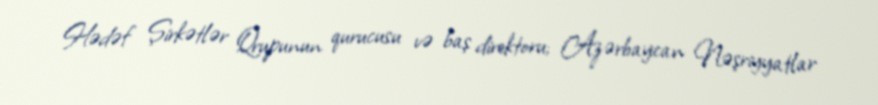
Hədəf Şirkətlər Qrupunun qurucusu və baş direktoru; Azərbaycan Nəşriyyatlar